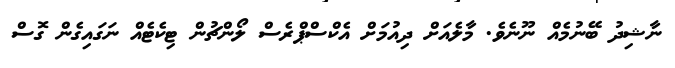
ނާޝިދު ބޭނުމެއް ނޫނެވެ. މާލެއަށް ދިއުމަށް އެކްސްޕްރެސް ލޯންޗުން ޓިކެޓެއް ނަގައިގެން ގޮސް